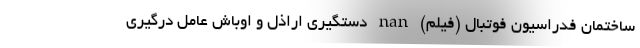
ساختمان فدراسیون فوتبال (فیلم) nan دستگیری اراذل و اوباش عامل درگیری